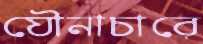
যৌনাচারে